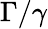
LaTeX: \Gamma/\gamma